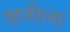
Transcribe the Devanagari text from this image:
व्हनीला